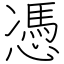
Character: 憑